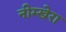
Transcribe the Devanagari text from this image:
नीम्खेरा